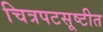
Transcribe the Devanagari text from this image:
चित्रपटसूष्टीत